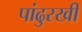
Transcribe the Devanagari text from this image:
पांढुरखी